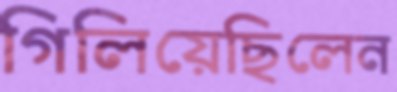
গিলিয়েছিলেন